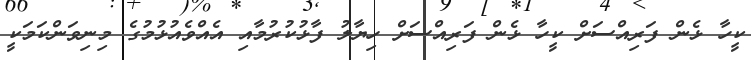
ކީހާ ޅެން ފަރިއްސަށް ކީހާ ޅެން ފަރިއްސަށް ހިޔާލު ފާޅުކުރުމާއި އެއްވެއުޅުމުގެ މިނިވަންކަމަކީ